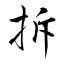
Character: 拆